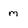
Character: m